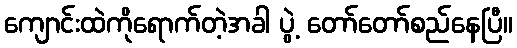
ကျောင်းထဲကိုရောက်တဲ့အခါ ပွဲ့ တော်တော်စည်နေပြီ။